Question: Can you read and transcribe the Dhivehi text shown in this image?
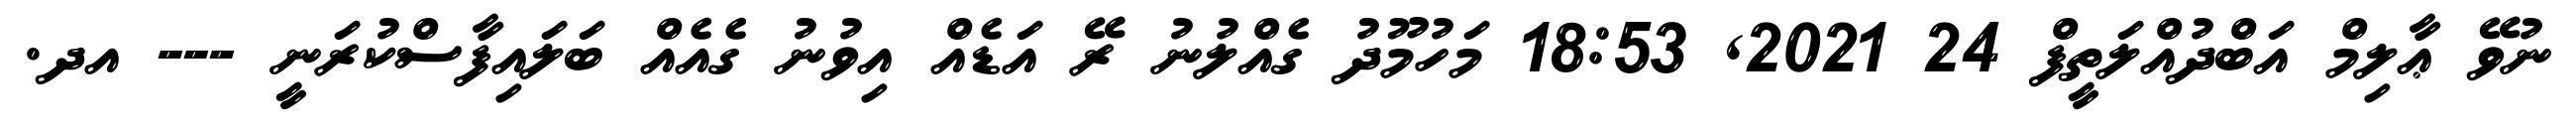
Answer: ނުވޭ ޢާލިމް އަބްދުއްލަތީފް 24 2021, 18:53 މަހުމޫދު ގެއްލުނު ރޭ އަޑެއް އިވުނު ގެއެއް ބަލައިފާސްކުރަނީ --- އދ.